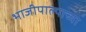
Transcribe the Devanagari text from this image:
भाजीपाल्याच्या